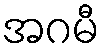
အဂမီ